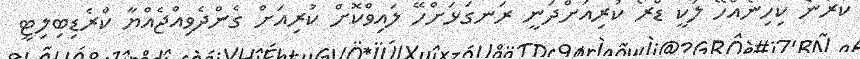
ކުރާނެ ކިހިނެއްހޭ ލަކީ ޑްރޯ ކުރިއަށްދަނީ ރަނގަޅަށްހޭ ލައިވްކޮށް ކުރިއަށް ގެންދެވިއްޖެއްޔާ ކްރެޑިބިލިޓީ